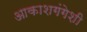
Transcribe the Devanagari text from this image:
आकाशगंगेशी